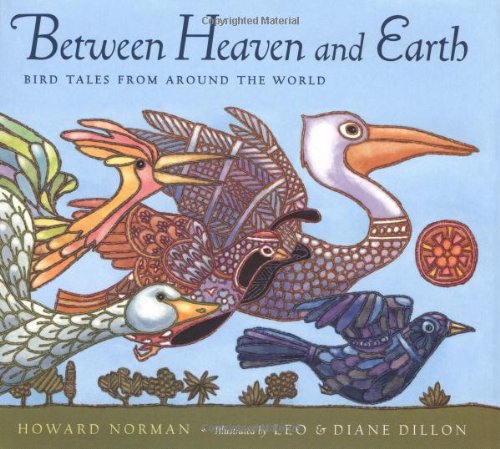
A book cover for Between Heaven and Earth: Bird Tales from Around the World; Howard Norman; Children's Books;